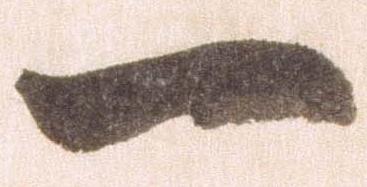
一